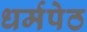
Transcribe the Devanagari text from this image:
धर्मपेठ